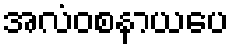
အလံဝစနာယပေ